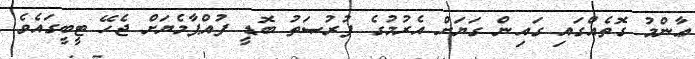
ޢާންމު ގޮތެއްގައި ގައިން ގަޔަށް އެރުމުގެ ފުރުޞަތު ބޮޑީ ފުއްޕާމެޔަށް ޖެހޭ ޓީބީގައެވެ.